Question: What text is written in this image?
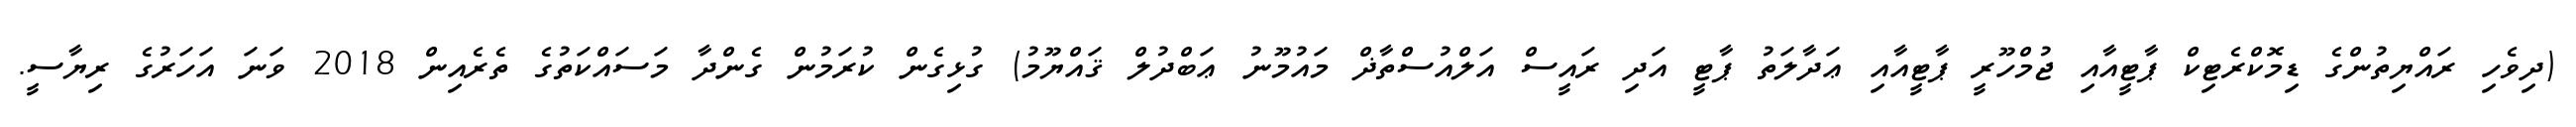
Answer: (ދިވެހި ރައްޔިތުންގެ ޑިމޮކްރެޓިކް ޕާޓީއާއި ޖުމްހޫރީ ޕާޓީއާއި ޢަދާލަތު ޕާޓީ އަދި ރައީސް އަލްއުސްތާޛް މައުމޫނު ޢަބްދުލް ޤައްޔޫމު) ގުޅިގެން ކުރަމުން ގެންދާ މަސައްކަތުގެ ތެރެއިން 2018 ވަނަ އަހަރުގެ ރިޔާސީ.